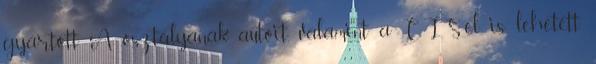
gyártott A osztályának autóit, valamint a CLS-el is lehetett.